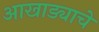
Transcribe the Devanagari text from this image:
आखाड्याचे